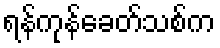
ရန်ကုန်ခေတ်သစ်က